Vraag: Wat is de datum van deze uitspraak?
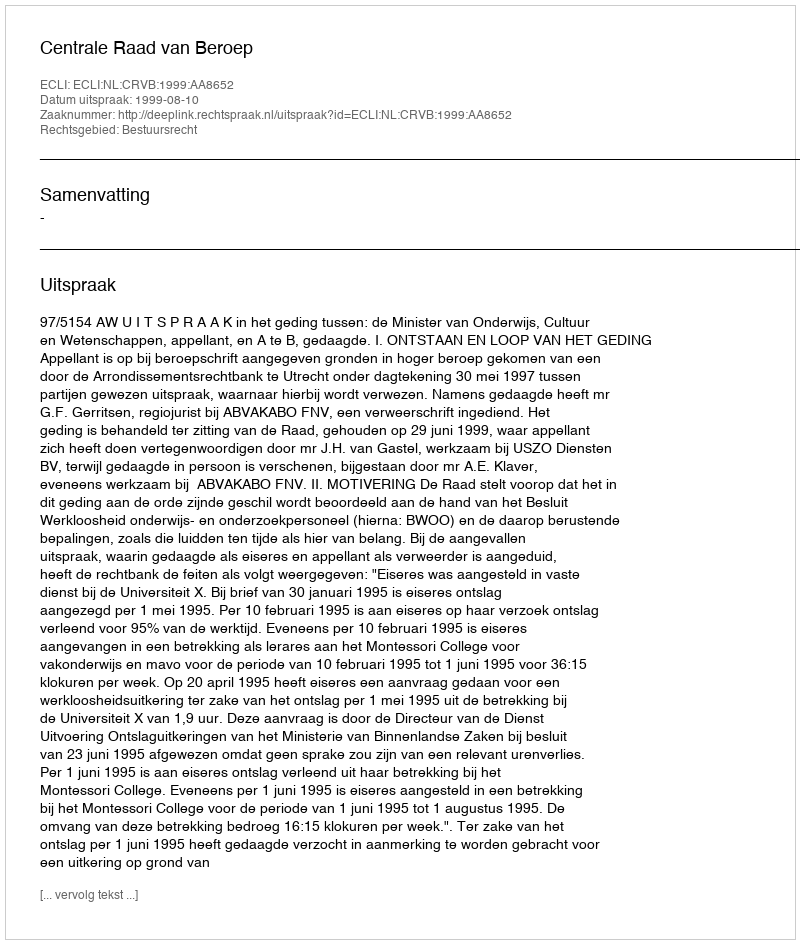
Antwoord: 1999-08-10